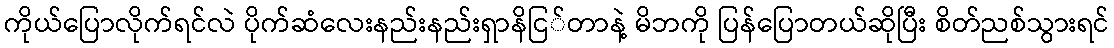
ကိုယ်ပြောလိုက်ရင်လဲ ပိုက်ဆံလေးနည်းနည်းရှာနိငြ်တာနဲ့ မိဘကို ပြန်ပြောတယ်ဆိုပြီး စိတ်ညစ်သွားရင်